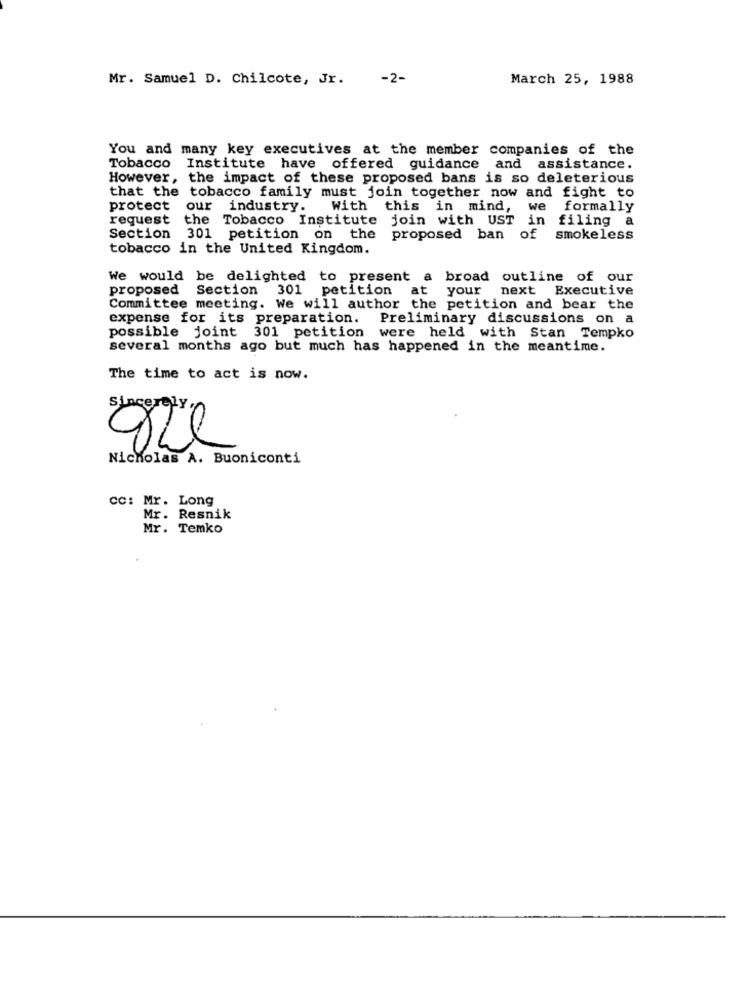
Mr. Samuel D. Chilcote, Jr. - 2-
March 25, 1988
You and many key executives at the member companies of the
Tobacco Institute have offered guidance and assistance.
However, the impact of these proposed bans is so deleterious
that the tobacco family must join together now and fight to
protect
our industry.
With this in mind, we formally
request the Tobacco Institute join with UST in filing a
Section
301 petition on the
proposed ban of
smokeless
tobacco in the United Kingdom.
We would be delighted to present a broad outline of our
proposed Section 301 petition at your
next Executive
Committee meeting. We will author the petition and bear the
expense for its preparation.
Preliminary discussions on a
possible joint 301 petition were held with Stan Tempko
several months ago but much has happened in the meantime.
The time to act is now.
Sincerely ,
Nicholas A. Buoniconti
CC: Mr. Long
Mr. Resnik
Mr. Temko